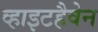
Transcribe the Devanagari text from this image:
व्हाइटहैवेन